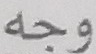
وجه